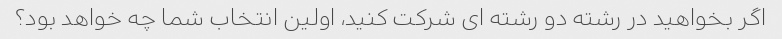
اگر بخواهید در رشته دو رشته ای شرکت کنید، اولین انتخاب شما چه خواهد بود؟